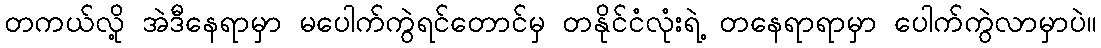
တကယ်လို့ အဲဒီနေရာမှာ မပေါက်ကွဲရင်တောင်မှ တနိုင်ငံလုံးရဲ့ တနေရာရာမှာ ပေါက်ကွဲလာမှာပဲ။